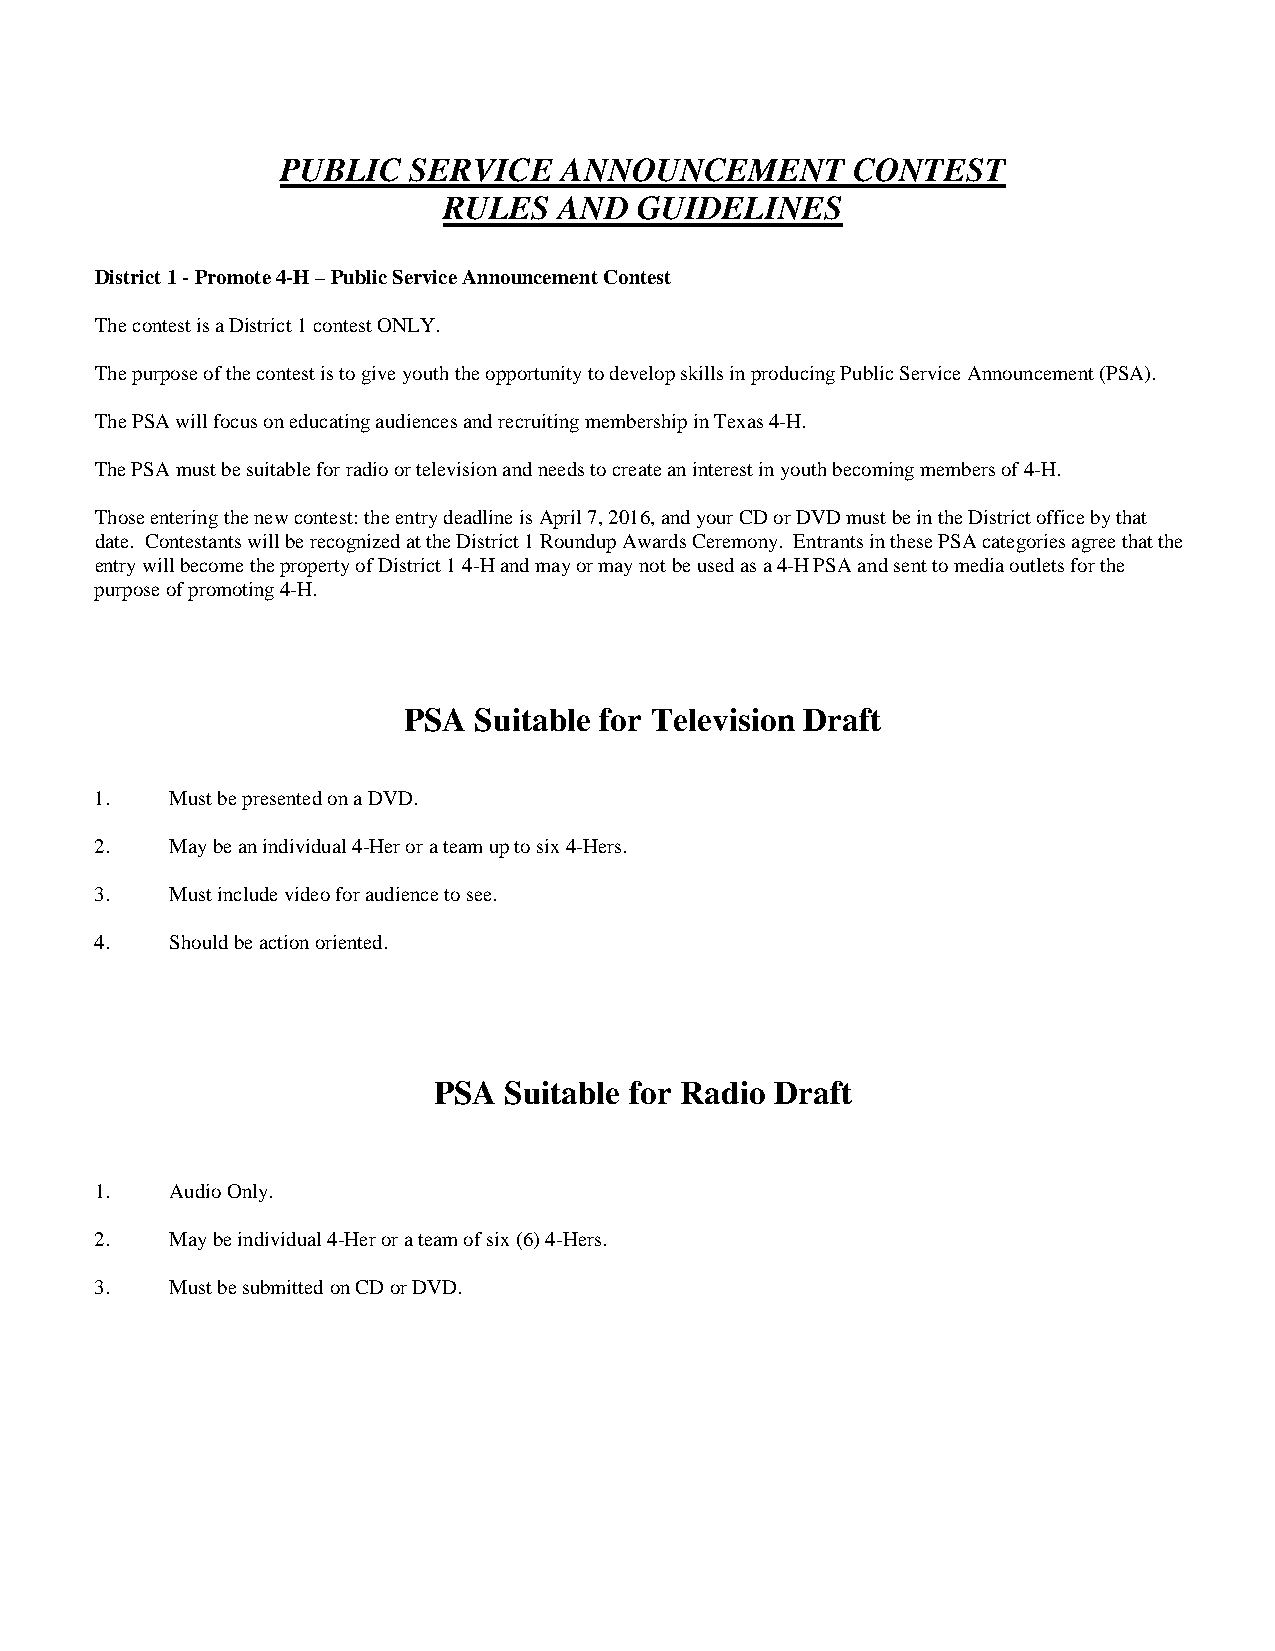
PUBLIC  SERVICE   ANNOUNCEMENT       CONTEST
 RULES   AND  GUIDELINES
 District 1 - Promote 4-H – Public Service Announcement Contest
 The contest is a District 1 contest ONLY.
 The purpose of the contest is to give youth the opportunity to develop skills in producing Public Service Announcement (PSA).
 The PSA will focus on educating audiences and recruiting membership in Texas 4-H.
 The PSA must be suitable for radio or television and needs to create an interest in youth becoming members of 4-H.
 Those entering the new contest: the entry deadline is April 7, 2016, and your CD or DVD must be in the District office by that
 date. Contestants will be recognized at the District 1 Roundup Awards Ceremony. Entrants in these PSA categories agree that the
 entry will become the property of District 1 4-H and may or may not be used as a 4-H PSA and sent to media outlets for the
 purpose of promoting 4-H.
 PSA Suitable for Television Draft
 1.   Must be presented on a DVD.
 2.   May be an individual 4-Her or a team up to six 4-Hers.
 3.   Must include video for audience to see.
 4.   Should be action oriented.
 PSA Suitable for Radio Draft
 1.   Audio Only.
 2.   May be individual 4-Her or a team of six (6) 4-Hers.
 3.   Must be submitted on CD or DVD.